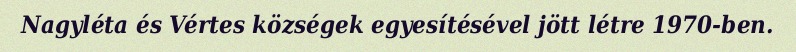
Nagyléta és Vértes községek egyesítésével jött létre 1970-ben.